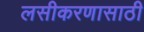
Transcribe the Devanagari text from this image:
लसीकरणासाठी